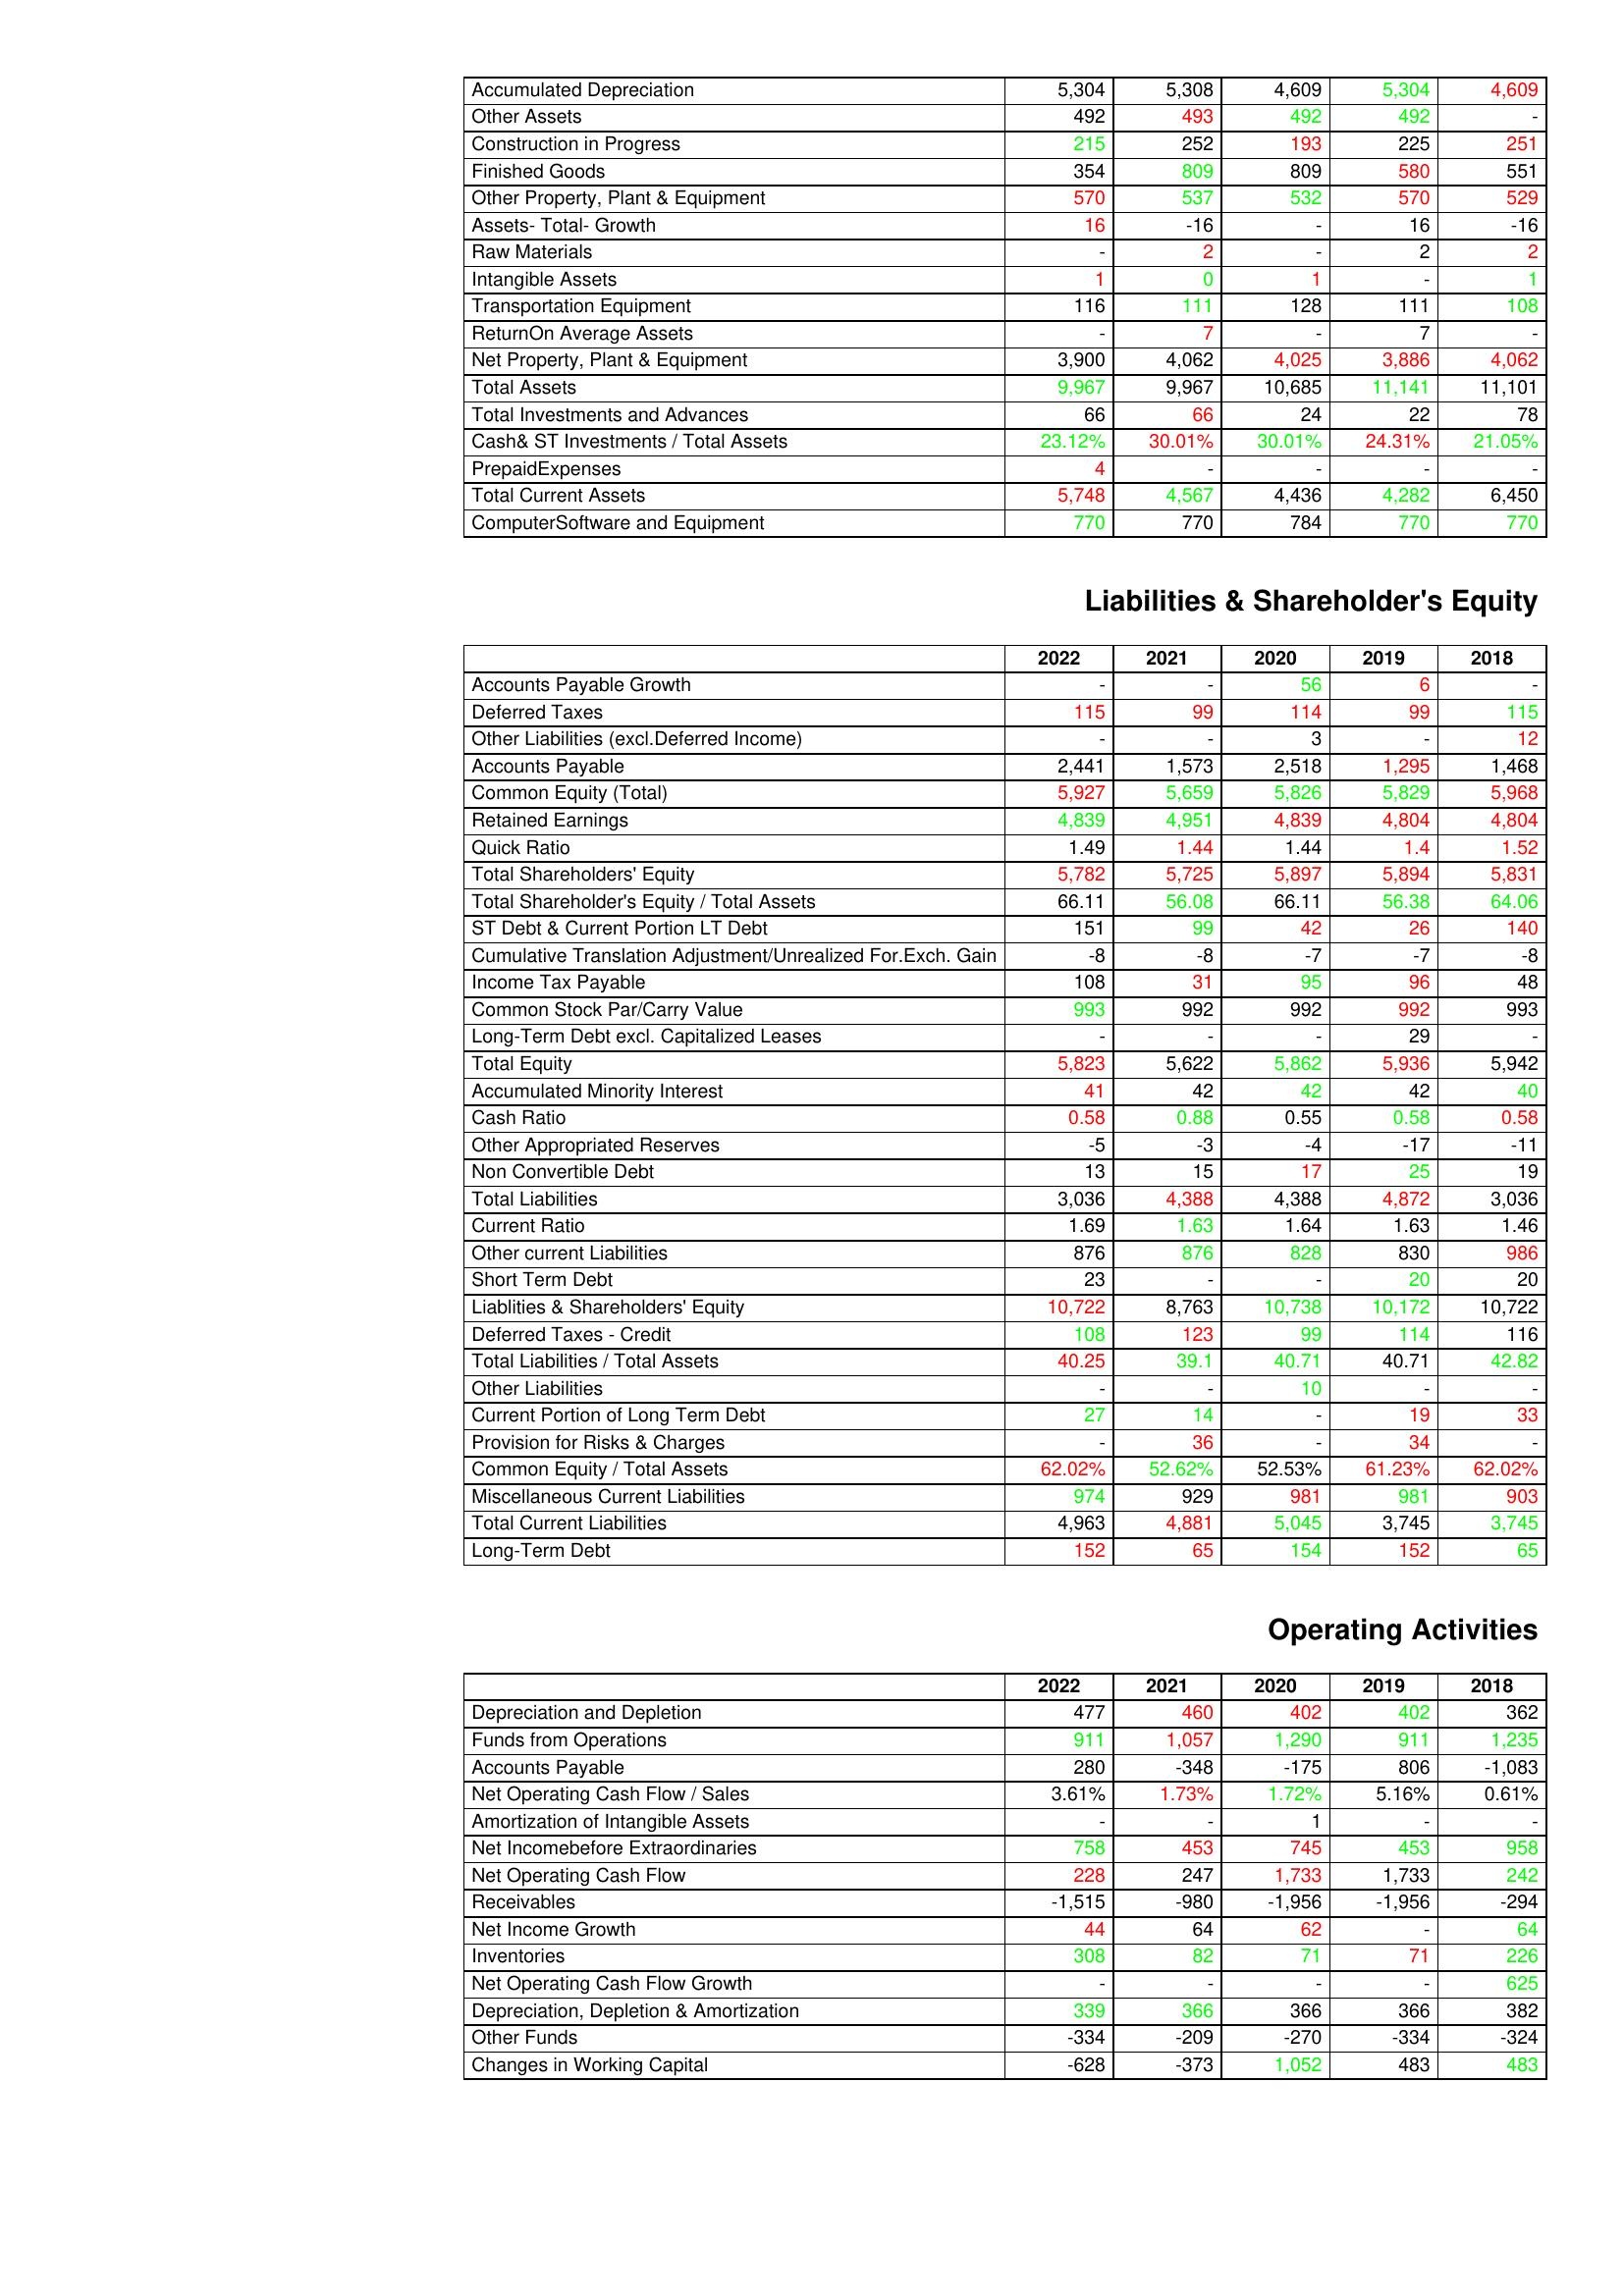
gt_parse: 2022: Assets: Accumulated Depreciation: 5,304
Other Assets: 492
Construction in Progress: 215
Finished Goods: 354
Other Property, Plant & Equipment: 570
Assets- Total- Growth: 16
Raw Materials: -
Intangible Assets: 1
Transportation Equipment: 116
ReturnOn Average Assets: -
Net Property, Plant & Equipment: 3,900
Total Assets: 9,967
Total Investments and Advances: 66
Cash& ST Investments / Total Assets: 23.12%
PrepaidExpenses: 4
Total Current Assets: 5,748
ComputerSoftware and Equipment: 770
Liabilities & Shareholder's Equity: Accounts Payable Growth: -
Deferred Taxes: 115
Other Liabilities (excl.Deferred Income): -
Accounts Payable: 2,441
Common Equity (Total): 5,927
Retained Earnings: 4,839
Quick Ratio: 1.49
Total Shareholders' Equity: 5,782
Total Shareholder's Equity / Total Assets: 66.11
ST Debt & Current Portion LT Debt: 151
Cumulative Translation Adjustment/Unrealized For.Exch. Gain: -8
Income Tax Payable: 108
Common Stock Par/Carry Value: 993
Long-Term Debt excl. Capitalized Leases: -
Total Equity: 5,823
Accumulated Minority Interest: 41
Cash Ratio: 0.58
Other Appropriated Reserves: -5
Non Convertible Debt: 13
Total Liabilities: 3,036
Current Ratio: 1.69
Other current Liabilities: 876
Short Term Debt: 23
Liablities & Shareholders' Equity: 10,722
Deferred Taxes - Credit: 108
Total Liabilities / Total Assets: 40.25
Other Liabilities: -
Current Portion of Long Term Debt: 27
Provision for Risks & Charges: -
Common Equity / Total Assets: 62.02%
Miscellaneous Current Liabilities: 974
Total Current Liabilities: 4,963
Long-Term Debt: 152
Operating Activities: Depreciation and Depletion: 477
Funds from Operations: 911
Accounts Payable: 280
Net Operating Cash Flow / Sales: 3.61%
Amortization of Intangible Assets: -
Net Incomebefore Extraordinaries: 758
Net Operating Cash Flow: 228
Receivables: -1,515
Net Income Growth: 44
Inventories: 308
Net Operating Cash Flow Growth: -
Depreciation, Depletion & Amortization: 339
Other Funds: -334
Changes in Working Capital: -628
2021: Assets: Accumulated Depreciation: 5,308
Other Assets: 493
Construction in Progress: 252
Finished Goods: 809
Other Property, Plant & Equipment: 537
Assets- Total- Growth: -16
Raw Materials: 2
Intangible Assets: 0
Transportation Equipment: 111
ReturnOn Average Assets: 7
Net Property, Plant & Equipment: 4,062
Total Assets: 9,967
Total Investments and Advances: 66
Cash& ST Investments / Total Assets: 30.01%
PrepaidExpenses: -
Total Current Assets: 4,567
ComputerSoftware and Equipment: 770
Liabilities & Shareholder's Equity: Accounts Payable Growth: -
Deferred Taxes: 99
Other Liabilities (excl.Deferred Income): -
Accounts Payable: 1,573
Common Equity (Total): 5,659
Retained Earnings: 4,951
Quick Ratio: 1.44
Total Shareholders' Equity: 5,725
Total Shareholder's Equity / Total Assets: 56.08
ST Debt & Current Portion LT Debt: 99
Cumulative Translation Adjustment/Unrealized For.Exch. Gain: -8
Income Tax Payable: 31
Common Stock Par/Carry Value: 992
Long-Term Debt excl. Capitalized Leases: -
Total Equity: 5,622
Accumulated Minority Interest: 42
Cash Ratio: 0.88
Other Appropriated Reserves: -3
Non Convertible Debt: 15
Total Liabilities: 4,388
Current Ratio: 1.63
Other current Liabilities: 876
Short Term Debt: -
Liablities & Shareholders' Equity: 8,763
Deferred Taxes - Credit: 123
Total Liabilities / Total Assets: 39.1
Other Liabilities: -
Current Portion of Long Term Debt: 14
Provision for Risks & Charges: 36
Common Equity / Total Assets: 52.62%
Miscellaneous Current Liabilities: 929
Total Current Liabilities: 4,881
Long-Term Debt: 65
Operating Activities: Depreciation and Depletion: 460
Funds from Operations: 1,057
Accounts Payable: -348
Net Operating Cash Flow / Sales: 1.73%
Amortization of Intangible Assets: -
Net Incomebefore Extraordinaries: 453
Net Operating Cash Flow: 247
Receivables: -980
Net Income Growth: 64
Inventories: 82
Net Operating Cash Flow Growth: -
Depreciation, Depletion & Amortization: 366
Other Funds: -209
Changes in Working Capital: -373
2020: Assets: Accumulated Depreciation: 4,609
Other Assets: 492
Construction in Progress: 193
Finished Goods: 809
Other Property, Plant & Equipment: 532
Assets- Total- Growth: -
Raw Materials: -
Intangible Assets: 1
Transportation Equipment: 128
ReturnOn Average Assets: -
Net Property, Plant & Equipment: 4,025
Total Assets: 10,685
Total Investments and Advances: 24
Cash& ST Investments / Total Assets: 30.01%
PrepaidExpenses: -
Total Current Assets: 4,436
ComputerSoftware and Equipment: 784
Liabilities & Shareholder's Equity: Accounts Payable Growth: 56
Deferred Taxes: 114
Other Liabilities (excl.Deferred Income): 3
Accounts Payable: 2,518
Common Equity (Total): 5,826
Retained Earnings: 4,839
Quick Ratio: 1.44
Total Shareholders' Equity: 5,897
Total Shareholder's Equity / Total Assets: 66.11
ST Debt & Current Portion LT Debt: 42
Cumulative Translation Adjustment/Unrealized For.Exch. Gain: -7
Income Tax Payable: 95
Common Stock Par/Carry Value: 992
Long-Term Debt excl. Capitalized Leases: -
Total Equity: 5,862
Accumulated Minority Interest: 42
Cash Ratio: 0.55
Other Appropriated Reserves: -4
Non Convertible Debt: 17
Total Liabilities: 4,388
Current Ratio: 1.64
Other current Liabilities: 828
Short Term Debt: -
Liablities & Shareholders' Equity: 10,738
Deferred Taxes - Credit: 99
Total Liabilities / Total Assets: 40.71
Other Liabilities: 10
Current Portion of Long Term Debt: -
Provision for Risks & Charges: -
Common Equity / Total Assets: 52.53%
Miscellaneous Current Liabilities: 981
Total Current Liabilities: 5,045
Long-Term Debt: 154
Operating Activities: Depreciation and Depletion: 402
Funds from Operations: 1,290
Accounts Payable: -175
Net Operating Cash Flow / Sales: 1.72%
Amortization of Intangible Assets: 1
Net Incomebefore Extraordinaries: 745
Net Operating Cash Flow: 1,733
Receivables: -1,956
Net Income Growth: 62
Inventories: 71
Net Operating Cash Flow Growth: -
Depreciation, Depletion & Amortization: 366
Other Funds: -270
Changes in Working Capital: 1,052
2019: Assets: Accumulated Depreciation: 5,304
Other Assets: 492
Construction in Progress: 225
Finished Goods: 580
Other Property, Plant & Equipment: 570
Assets- Total- Growth: 16
Raw Materials: 2
Intangible Assets: -
Transportation Equipment: 111
ReturnOn Average Assets: 7
Net Property, Plant & Equipment: 3,886
Total Assets: 11,141
Total Investments and Advances: 22
Cash& ST Investments / Total Assets: 24.31%
PrepaidExpenses: -
Total Current Assets: 4,282
ComputerSoftware and Equipment: 770
Liabilities & Shareholder's Equity: Accounts Payable Growth: 6
Deferred Taxes: 99
Other Liabilities (excl.Deferred Income): -
Accounts Payable: 1,295
Common Equity (Total): 5,829
Retained Earnings: 4,804
Quick Ratio: 1.4
Total Shareholders' Equity: 5,894
Total Shareholder's Equity / Total Assets: 56.38
ST Debt & Current Portion LT Debt: 26
Cumulative Translation Adjustment/Unrealized For.Exch. Gain: -7
Income Tax Payable: 96
Common Stock Par/Carry Value: 992
Long-Term Debt excl. Capitalized Leases: 29
Total Equity: 5,936
Accumulated Minority Interest: 42
Cash Ratio: 0.58
Other Appropriated Reserves: -17
Non Convertible Debt: 25
Total Liabilities: 4,872
Current Ratio: 1.63
Other current Liabilities: 830
Short Term Debt: 20
Liablities & Shareholders' Equity: 10,172
Deferred Taxes - Credit: 114
Total Liabilities / Total Assets: 40.71
Other Liabilities: -
Current Portion of Long Term Debt: 19
Provision for Risks & Charges: 34
Common Equity / Total Assets: 61.23%
Miscellaneous Current Liabilities: 981
Total Current Liabilities: 3,745
Long-Term Debt: 152
Operating Activities: Depreciation and Depletion: 402
Funds from Operations: 911
Accounts Payable: 806
Net Operating Cash Flow / Sales: 5.16%
Amortization of Intangible Assets: -
Net Incomebefore Extraordinaries: 453
Net Operating Cash Flow: 1,733
Receivables: -1,956
Net Income Growth: -
Inventories: 71
Net Operating Cash Flow Growth: -
Depreciation, Depletion & Amortization: 366
Other Funds: -334
Changes in Working Capital: 483
2018: Assets: Accumulated Depreciation: 4,609
Other Assets: -
Construction in Progress: 251
Finished Goods: 551
Other Property, Plant & Equipment: 529
Assets- Total- Growth: -16
Raw Materials: 2
Intangible Assets: 1
Transportation Equipment: 108
ReturnOn Average Assets: -
Net Property, Plant & Equipment: 4,062
Total Assets: 11,101
Total Investments and Advances: 78
Cash& ST Investments / Total Assets: 21.05%
PrepaidExpenses: -
Total Current Assets: 6,450
ComputerSoftware and Equipment: 770
Liabilities & Shareholder's Equity: Accounts Payable Growth: -
Deferred Taxes: 115
Other Liabilities (excl.Deferred Income): 12
Accounts Payable: 1,468
Common Equity (Total): 5,968
Retained Earnings: 4,804
Quick Ratio: 1.52
Total Shareholders' Equity: 5,831
Total Shareholder's Equity / Total Assets: 64.06
ST Debt & Current Portion LT Debt: 140
Cumulative Translation Adjustment/Unrealized For.Exch. Gain: -8
Income Tax Payable: 48
Common Stock Par/Carry Value: 993
Long-Term Debt excl. Capitalized Leases: -
Total Equity: 5,942
Accumulated Minority Interest: 40
Cash Ratio: 0.58
Other Appropriated Reserves: -11
Non Convertible Debt: 19
Total Liabilities: 3,036
Current Ratio: 1.46
Other current Liabilities: 986
Short Term Debt: 20
Liablities & Shareholders' Equity: 10,722
Deferred Taxes - Credit: 116
Total Liabilities / Total Assets: 42.82
Other Liabilities: -
Current Portion of Long Term Debt: 33
Provision for Risks & Charges: -
Common Equity / Total Assets: 62.02%
Miscellaneous Current Liabilities: 903
Total Current Liabilities: 3,745
Long-Term Debt: 65
Operating Activities: Depreciation and Depletion: 362
Funds from Operations: 1,235
Accounts Payable: -1,083
Net Operating Cash Flow / Sales: 0.61%
Amortization of Intangible Assets: -
Net Incomebefore Extraordinaries: 958
Net Operating Cash Flow: 242
Receivables: -294
Net Income Growth: 64
Inventories: 226
Net Operating Cash Flow Growth: 625
Depreciation, Depletion & Amortization: 382
Other Funds: -324
Changes in Working Capital: 483